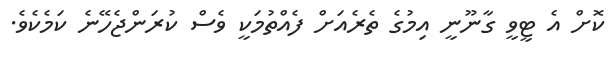
ކޮށް އެ ޓީވީ ގާނޫނީ އިމުގެ ތެރެއަށް ފެއްތުމަކީ ވެސް ކުރަންޖެހޭނެ ކަމެކެވެ.